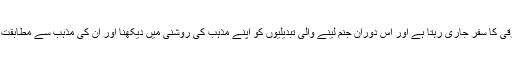
معاشرہ تبدیل ہوتا رہتا ہے، ترقی کا سفر جاری رہتا ہے اور اس دوران جنم لینے والی تبدیلیوں کو اپنے مذہب کی روشنی میں دیکھنا اور ان کی مذہب سے مطابقت کا جائزہ لینا اجتہاد کہلاتا ہے۔